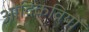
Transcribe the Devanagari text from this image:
आदिकवियों